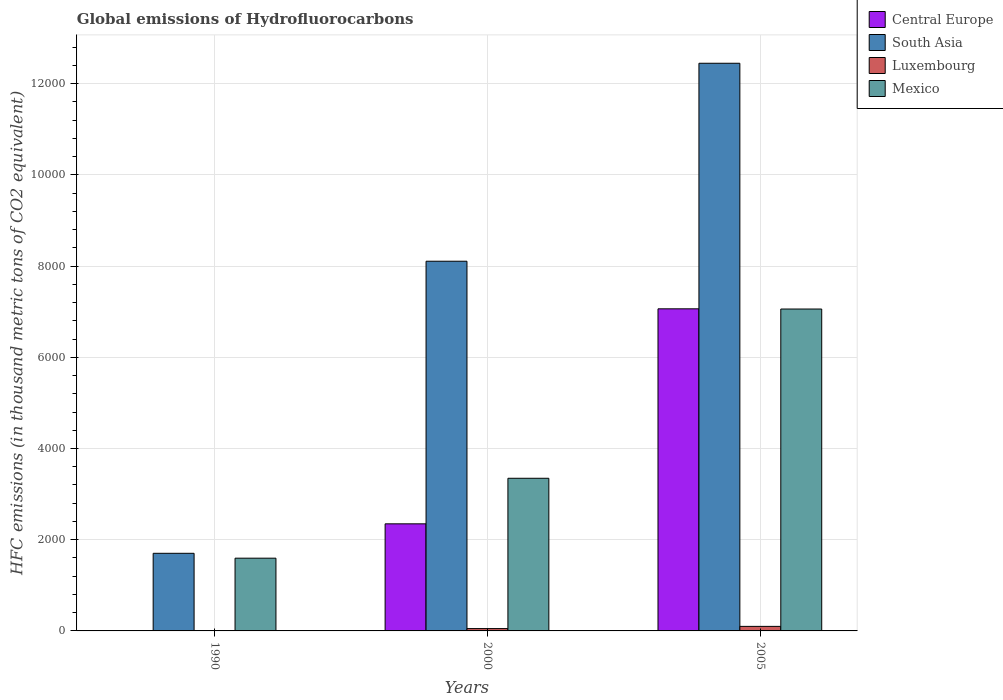
| Years | Central Europe | South Asia | Luxembourg | Mexico |
 | --- | --- | --- | --- | --- |
 | 1990 | 0.5 | 1.7e+03 | 0.1 | 1.6e+03 |
 | 2000 | 2.35e+03 | 8.11e+03 | 51.1 | 3.35e+03 |
 | 2005 | 7.06e+03 | 1.24e+04 | 99.5 | 7.06e+03 |